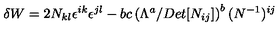
{ \delta W } = 2 N _ { k l } \epsilon ^ { i k } \epsilon ^ { j l } - b c \left( \Lambda ^ { a } / D e t [ N _ { i j } ] \right) ^ { b } ( N ^ { - 1 } ) ^ { i j }